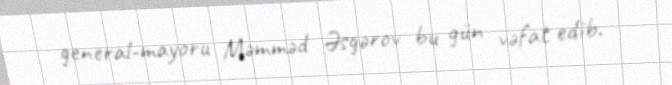
general-mayoru Məmməd Əsgərov bu gün vəfat edib.